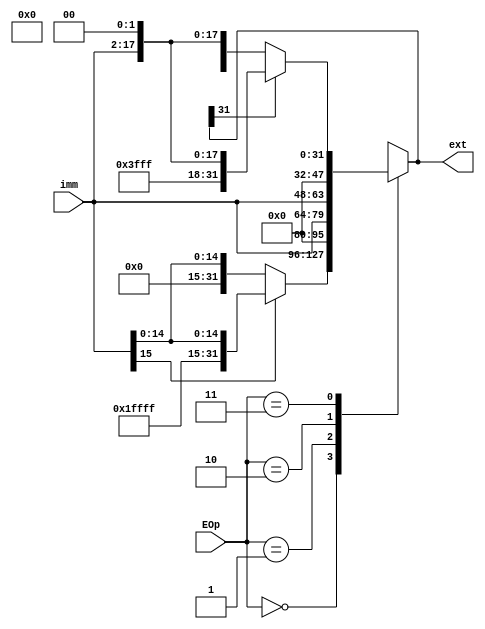
`timescale 1ns / 1ps
//////////////////////////////////////////////////////////////////////////////////
// Company: 
// Engineer: 
// 
// Design Name: 
// Module Name:    ext 
// Project Name: 
// Target Devices: 
// Tool versions: 
// Description: 
//
// Dependencies: 
//
// Revision: 
// Revision 0.01 - File Created
// Additional Comments: 
//
//////////////////////////////////////////////////////////////////////////////////
module ext(
    input [15:0] imm,
    input [1:0] EOp,
    output reg [31:0] ext
    );
	
	always @(*) begin
		case(EOp)
			2'b00:	
				if(imm[15] == 'b1) ext = {16'hffff, imm};
				else ext = {16'h0000, imm};
			2'b01:	
				ext = {16'h0000, imm};
			2'b10:	
				ext = {imm, 16'h0000};
			2'b11:	
				if(ext[31]) ext = {2'b11, 12'hfff, imm, 2'b00};
				else ext = {2'b00, 12'h000, imm, 2'b00};
		endcase
	end


endmodule